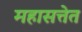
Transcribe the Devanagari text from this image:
महासत्तेत